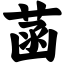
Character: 菡